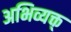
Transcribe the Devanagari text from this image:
अभिव्यक्त्